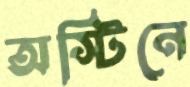
অস্টিনে